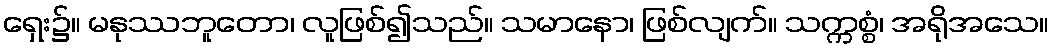
ရှေး၌။ မနုဿဘူတော၊ လူဖြစ်၍သည်။ သမာနော၊ ဖြစ်လျက်။ သက္ကစ္စံ၊ အရိုအသေ။